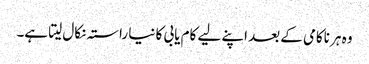
وہ ہر ناکامی کے بعد اپنے لیے کام یابی کا نیا راستہ نکال لیتا ہے۔